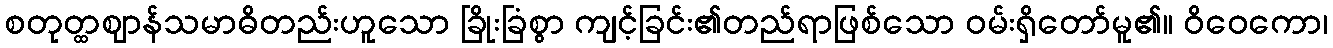
စတုတ္ထဈာန်သမာဓိတည်းဟူသော ခြိုးခြံစွာ ကျင့်ခြင်း၏တည်ရာဖြစ်သော ဝမ်းရှိတော်မူ၏။ ဝိဝေကော၊